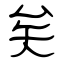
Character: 矣